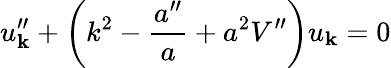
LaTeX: u_{\mathbf k}^{\prime\prime}+\left(k^{2}-\frac{a^{\prime\prime}}{a}+a^{2}V^{\prime\prime}\right)u_{\mathbf k}=0